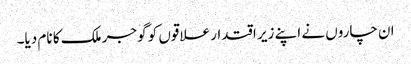
ان چاروں نے اپنے زیر اقتدار علاقوں کو گوجر ملک کا نام دیا۔